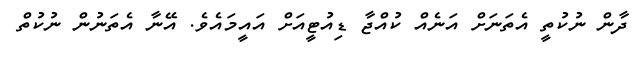
ދާން ނުކުތީ އެތަނަށް އަނެއް ކުއްޖާ ޑިއުޓީއަށް އައީމައެވެ. އޭނާ އެތަނުން ނުކުތް